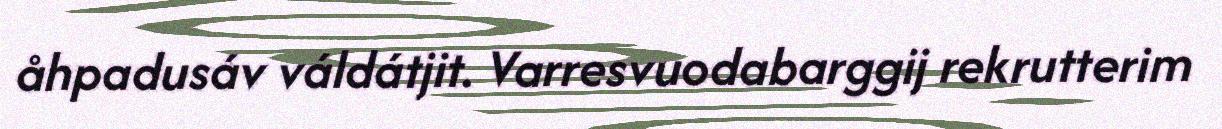
åhpadusáv váldátjit. Varresvuodabarggij rekrutterim